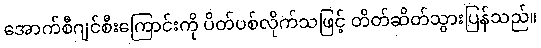
အောက်စီဂျင်စီးကြောင်းကို ပိတ်ပစ်လိုက်သဖြင့် တိတ်ဆိတ်သွားပြန်သည်။